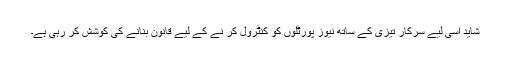
شاید اسی لیے سرکار تیزی کے ساتھ نیوز پورٹلوں کو کنٹرول کر نے کے لیے قانون بنانے کی کوشش کر رہی ہے۔